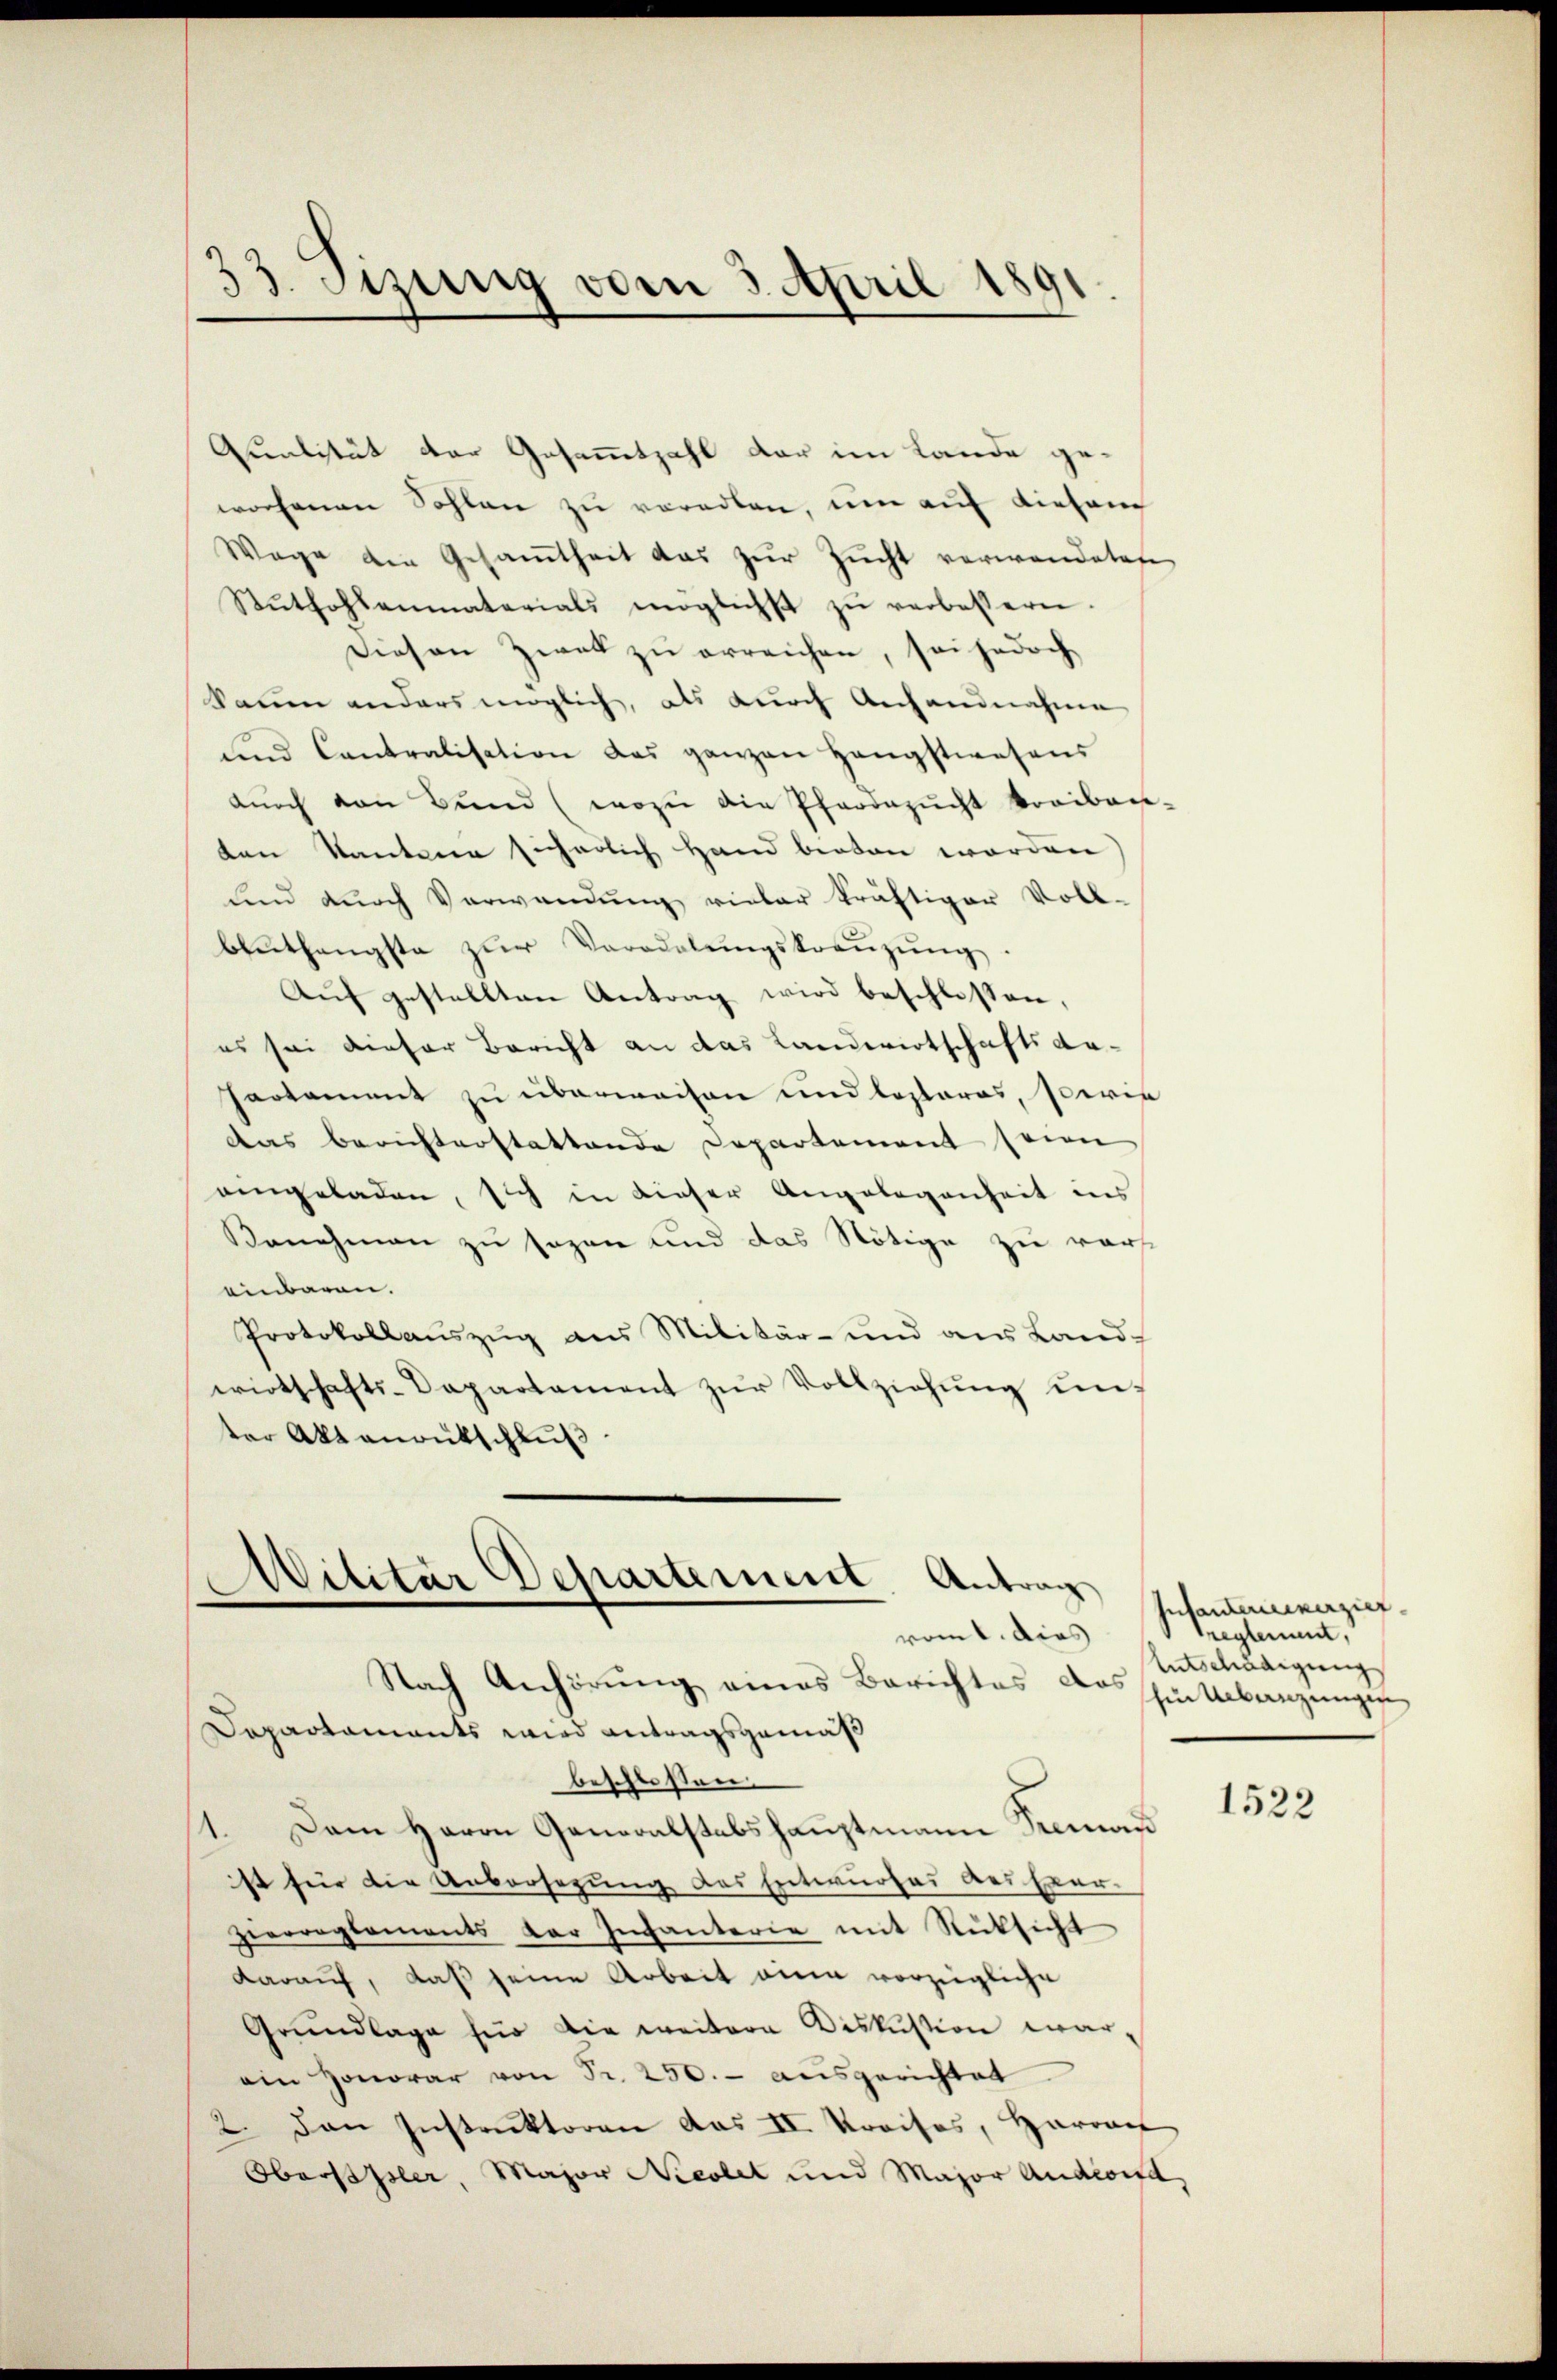
33. Sizung vom 3. April 1891.

Qualität der Gesammtzahl der im Lande gewochenen Sohlen zu verallen, um auf diesen
Wage die Gesamtheit das zŭr Zŭcht verwandetese
Stŭthohlenmaterials möglichst zŭ verbessern.
Diesen Zwei zu erreichen, sei jedoch
kaum anders möglich, als durch Anhandnahme
und Contralisation das ganzen Hängstwesens
dŭrch von Bŭnd (wozu die Pfarrazŭcht kraibau-
ten Kantone sicherlich Hand beoben worden)
und durch Verwendung vieler kräftiger Voll-
benthangste zŭr Verodelŭngskraŭzŭng
Aŭf gestellten Antrag wird beschlossen,
es sei dieser Bericht an das Landwirtschaftsan¬
Partement zu überwaisen und loslaros, sowie
das berichterstattende Departement seien
aingeladen, sich in dieser Angelegenheit ins
Benehmen zu sezen und das Nötige zu voreinbaren.
Protokollauszug aus Militär- und aus Land-
wirtschafts-Departement zŭr Vollziehŭng ŭn-
ter Aktenantschluß

Silitär Departement. Antrag
.
vom 1. dies
Nach Anhörung eines Berichtes das hintbanzungen

Departaments wird antragsgemäß
beschlossen.
1. Dem Herrn Generalstabshauptmann Siman
st für die Uebersezung des Entwurfes des Ever-
zierreglements der Infanterie mit Rücksicht
darauf, daß seine Arbeit eine vorzügliche
Grundlage für die weitere Diskustion warein Honorar von Fr. 250.- ausgerichtet.
2. den Instruktoren das II. Kreises, Harrac
Obersthsler, Major Nicolet und Major Androit,

Infantenverzieh
treglement,
Entschädigung

1522